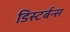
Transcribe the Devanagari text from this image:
डिस्टर्बन्स